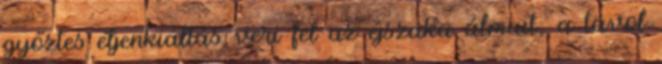
győztes éljenkiáltás veri fel az éjszaka álmait; a távol